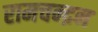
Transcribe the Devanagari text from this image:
रामचन्‍द्रन